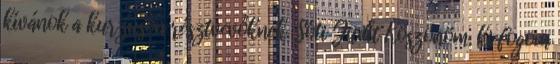
kívánok a kurzuson résztvevőknek. Sóti Judit Köszönöm, ki fogom